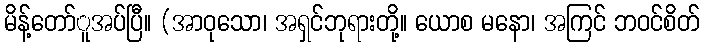
မိန့်တော်ူအပ်ပြီ။ (အာဝုသော၊ အရှင်ဘုရားတို့။ ယောစ မနော၊ အကြင် ဘဝင်စိတ်